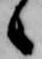
々